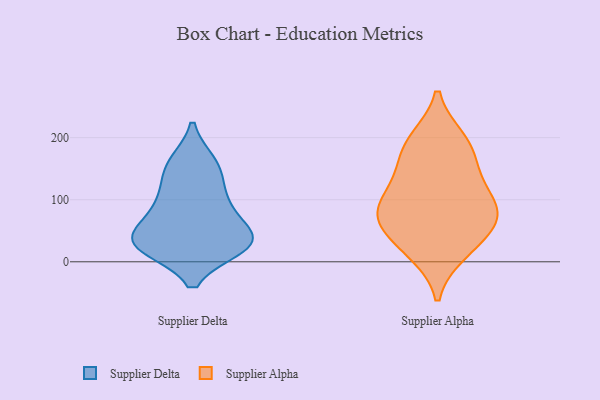
{"axis": {"x": "Revenue (USD Million)", "y": "Value"}, "legend": ["Supplier Alpha", "Supplier Delta"], "data": [{"x": "", "y": 83, "type": "Supplier Delta"}, {"x": "", "y": 40, "type": "Supplier Delta"}, {"x": "", "y": 32, "type": "Supplier Delta"}, {"x": "", "y": 157, "type": "Supplier Delta"}, {"x": "", "y": 34, "type": "Supplier Delta"}, {"x": "", "y": 91, "type": "Supplier Delta"}, {"x": "", "y": 24, "type": "Supplier Delta"}, {"x": "", "y": 98, "type": "Supplier Delta"}, {"x": "", "y": 137, "type": "Supplier Delta"}, {"x": "", "y": 29, "type": "Supplier Delta"}, {"x": "", "y": 24, "type": "Supplier Delta"}, {"x": "", "y": 159, "type": "Supplier Delta"}, {"x": "", "y": 40, "type": "Supplier Delta"}, {"x": "", "y": 82, "type": "Supplier Alpha"}, {"x": "", "y": 99, "type": "Supplier Alpha"}, {"x": "", "y": 50, "type": "Supplier Alpha"}, {"x": "", "y": 76, "type": "Supplier Alpha"}, {"x": "", "y": 74, "type": "Supplier Alpha"}, {"x": "", "y": 18, "type": "Supplier Alpha"}, {"x": "", "y": 197, "type": "Supplier Alpha"}, {"x": "", "y": 56, "type": "Supplier Alpha"}, {"x": "", "y": 138, "type": "Supplier Alpha"}, {"x": "", "y": 198, "type": "Supplier Alpha"}, {"x": "", "y": 101, "type": "Supplier Alpha"}, {"x": "", "y": 147, "type": "Supplier Alpha"}, {"x": "", "y": 14, "type": "Supplier Alpha"}, {"x": "", "y": 175, "type": "Supplier Alpha"}]}